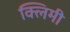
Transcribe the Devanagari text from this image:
क्लिमी